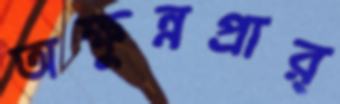
অক্ষুন্নপ্রার্